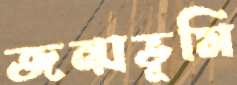
জন্মভূমি